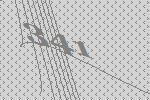
341